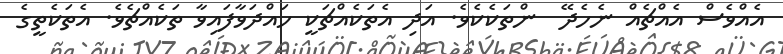
އެއްވެސް އެއްޗެއް ނެހެދޭ  ންތަކެކެވެ. އަދި އެތަކެއްޗަކީ ހައްދަވާފައިވާ ތަކެއްޗެވެ. އެތަކެތީގެ